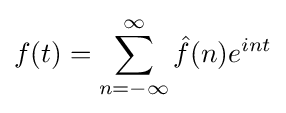
f(t)=\sum _{n=-\infty }^{\infty }{\hat {f}}(n)e^{int}